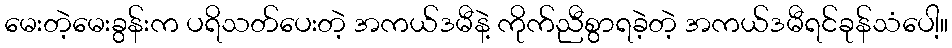
မေးတဲ့မေးခွန်းက ပရိသတ်ပေးတဲ့ အကယ်ဒမီနဲ့ ကိုက်ညီစွာရခဲ့တဲ့ အကယ်ဒမီရင်ခုန်သံပေါ့။